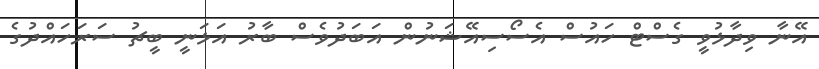
އޭނާ ވިދާޅުވީ ގެސްޓް ހައުސް އެސޯސިއޭޝަނުން އަބަދުވެސް ބާރު އަޅަނީ ބީޗު ސަރަހައްދުގެ